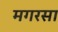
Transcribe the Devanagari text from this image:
मगरसा